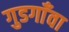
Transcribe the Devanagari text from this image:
गुडगाँवा